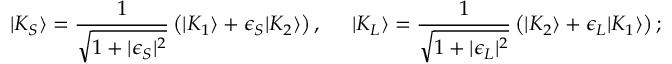
| K _ { S } \rangle = \frac { 1 } { \sqrt { 1 + | \epsilon _ { S } | ^ { 2 } } } \left( | K _ { 1 } \rangle + \epsilon _ { S } | K _ { 2 } \rangle \right) , \; \; \; \; \; | K _ { L } \rangle = \frac { 1 } { \sqrt { 1 + | \epsilon _ { L } | ^ { 2 } } } \left( | K _ { 2 } \rangle + \epsilon _ { L } | K _ { 1 } \rangle \right) ;